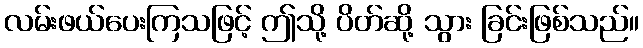
လမ်းဖယ်ပေးကြသဖြင့် ဤသို့ ပိတ်ဆို့ သွား ခြင်းဖြစ်သည်။